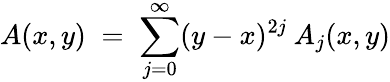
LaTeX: A(x,y)\; =\; \sum_{j=0}^{\infty}(y-x)^{2j}\: A_{j}(x,y)